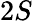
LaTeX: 2\textit{S}